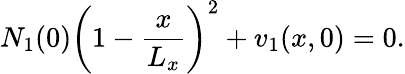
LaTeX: N_{1}(0)\left(1-\frac{x}{L_{x}}\right)^{2}+v_{1}(x,0)=0.